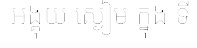
អង្គុយ ស្ងៀម ក្នុង ទី